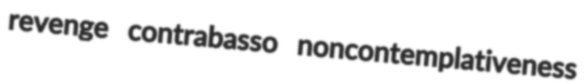
revenge contrabasso noncontemplativeness